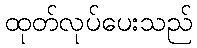
ထုတ်လုပ်ပေးသည်